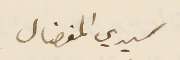
سيدي المفضال